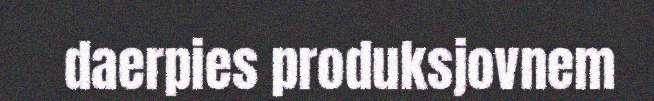
daerpies produksjovnem